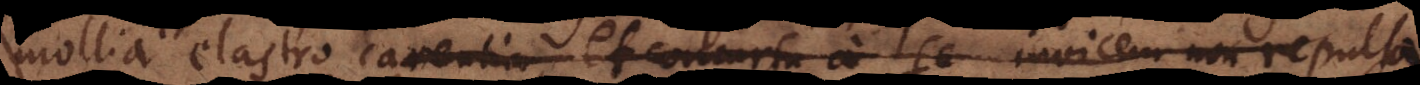
mollia elastro carentia, et concursu a se invicem non repulsa